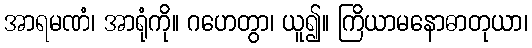
အာရမဏံ၊ အာရုံကို။ ဂဟေတွာ၊ ယူ၍။ ကြိယာမနောဓာတုယာ၊